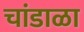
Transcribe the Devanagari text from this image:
चांडाळा